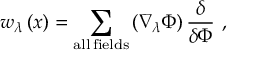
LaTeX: w _ { \lambda } \left( x \right) = \sum _ { \mathrm { a l l \, f i e l d s } } \left( \nabla _ { \lambda } \Phi \right) \frac \delta { \delta \Phi } \, \, ,